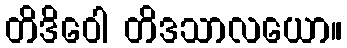
တိဒိဝေါ တိဒသာလယော။